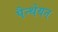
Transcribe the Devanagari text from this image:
पैन्थेयन